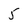
Character: 5